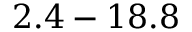
2 . 4 - 1 8 . 8 \